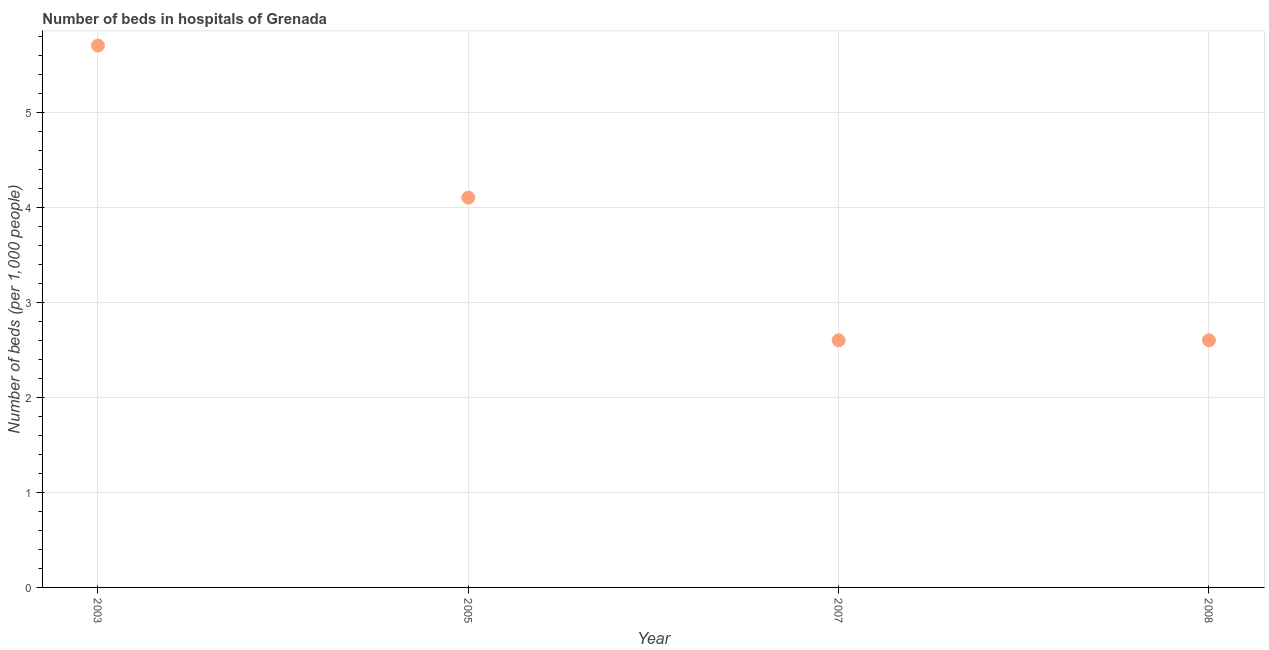
| Year | Hospital beds |
 | --- | --- |
 | 2003 | 5.7 |
 | 2005 | 4.1 |
 | 2007 | 2.6 |
 | 2008 | 2.6 |